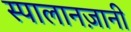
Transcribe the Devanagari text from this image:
स्पालानज़ानी